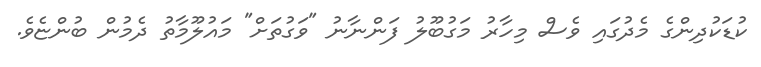
ކުޑަކުދިންގެ މެދުގައި ވެސް މިހާރު މަގުބޫލު ފަންނާނު "ވަގުތަށް" މައުލޫމާތު ދެމުން ބުންޏެވެ.